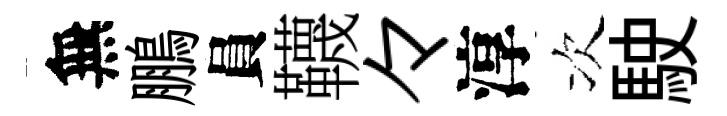
無鵬員韈々淳次駛